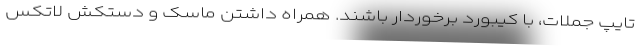
تایپ جملات، با کیبورد برخوردار باشند. همراه داشتن ماسک و دستکش لاتکس